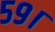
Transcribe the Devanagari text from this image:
५९।